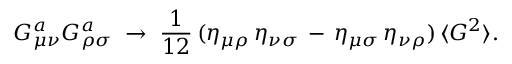
G _ { \mu \nu } ^ { a } G _ { \rho \sigma } ^ { a } \; \rightarrow \; \frac { 1 } { 1 2 } \, ( \eta _ { \mu \rho } \, \eta _ { \nu \sigma } \, - \, \eta _ { \mu \sigma } \, \eta _ { \nu \rho } ) \, \langle G ^ { 2 } \rangle .